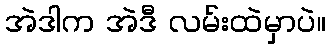
အဲဒါက အဲဒီ လမ်းထဲမှာပဲ။